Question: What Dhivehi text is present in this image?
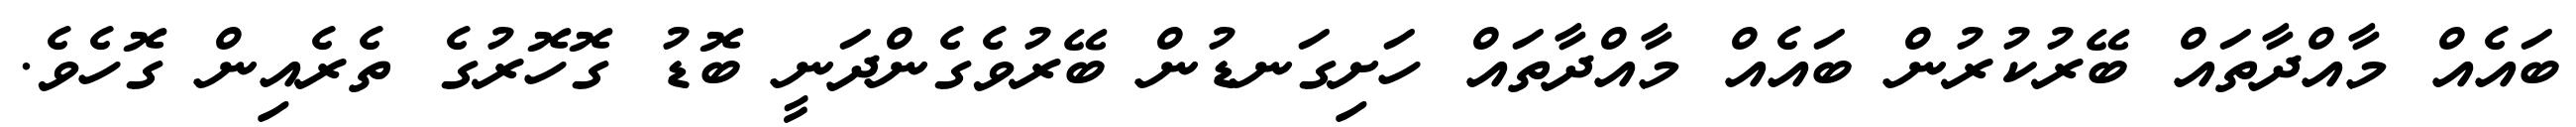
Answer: ބައެއް މާއްދާތައް ބޭރުކުރުން ބައެއް މާއްދާތައް ހަށިގަނޑުން ބޭރުވެގެންދަނީ ބޮޑު ގޮހޮރުގެ ތެރެއިން ގޮހެވެ.